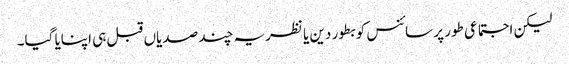
لیکن اجتماعی طور پر سائنس کو بطور دین یا نظریہ چند صدیاں قبل ہی اپنایا گیا۔